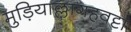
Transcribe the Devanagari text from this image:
मुड़ियाल्लागहवट्टा